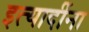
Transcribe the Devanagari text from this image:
इत्‍यादींना